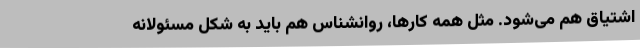
اشتیاق هم می‌شود. مثل همه کارها، روانشناس هم باید به شکل مسئولانه